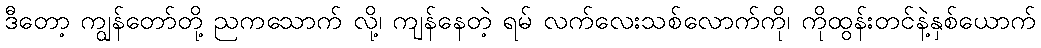
ဒီတော့ ကျွန်တော်တို့ ညကသောက် လို့၊ ကျန်နေတဲ့ ရမ် လက်လေးသစ်လောက်ကို၊ ကိုထွန်းတင်နဲ့နှစ်ယောက်